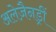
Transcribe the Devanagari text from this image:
अलेज़ैनड्रीं